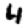
Digit: 4